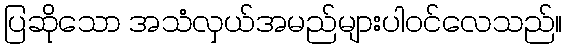
ပြဆိုသော အသံလှယ်အမည်များပါဝင်လေသည်။